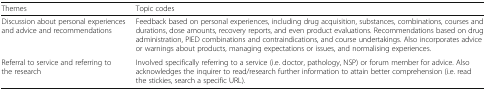
<table><thead><tr><td><b>Themes</b></td><td><b>Topic codes</b></td></tr></thead><tbody><tr><td>Discussion about personal experiences and advice and recommendations</td><td>Feedback based on personal experiences, including drug acquisition, substances, combinations, courses and durations, dose amounts, recovery reports, and even product evaluations. Recommendations based on drug administration, PIED combinations and contraindications, and course undertakings. Also incorporates advice or warnings about products, managing expectations or issues, and normalising experiences.</td></tr><tr><td>Referral to service and referring to the research</td><td>Involved specifically referring to a service (i.e. doctor, pathology, NSP) or forum member for advice. Also acknowledges the inquirer to read/research further information to attain better comprehension (i.e. read the stickies, search a specific URL).</td></tr></tbody></table>